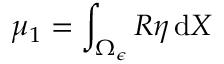
\mu _ { 1 } = \int _ { \Omega _ { \epsilon } } R \eta \, \mathrm { d } X